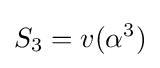
S_{3}={v}(\alpha ^{3})